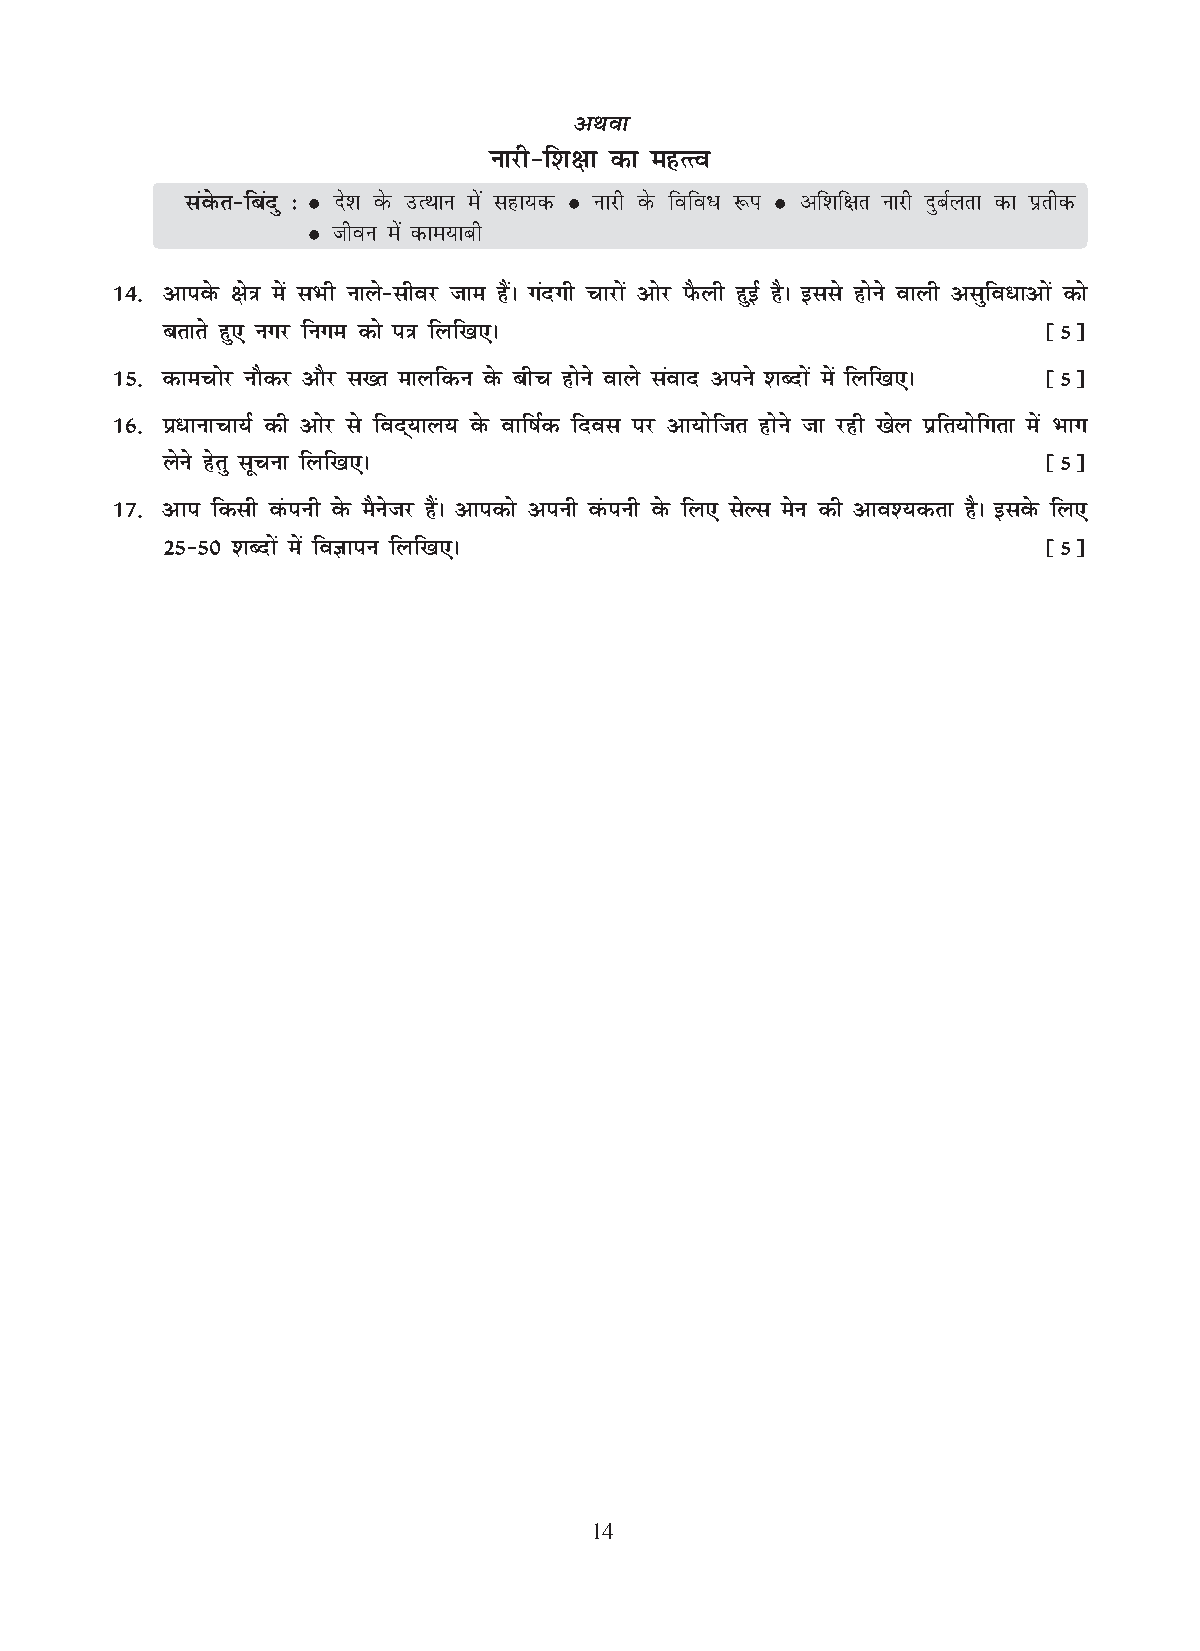
vFkok
 ukjh&f'k{kk dk egRRo
 laosQr&fcanq %  ns'k osQ mRFkku esa lgk;d  ukjh osQ fofo/ :i  vf'kf{kr ukjh nqcZyrk dk izrhd
  thou esa dke;kch
 14- vkiosQ {ks=k esa lHkh ukys&lhoj tke gSaA xanxh pkjksa vksj iSQyh gqbZ gSA blls gksus okyh vlqfo/kvksa dks
 crkrs gq, uxj fuxe dks i=k fyf[k,A                        ¹5º
 15- dkepksj ukSdj vkSj l[r ekyfdu osQ chp gksus okys laokn vius 'kCnksa esa fyf[k,A ¹5º
 16- iz/kukpk;Z dh vksj ls fon~;ky; osQ okf"kZd fnol ij vk;ksftr gksus tk jgh [ksy izfr;ksfxrk esa Hkkx
 ysus gsrq lwpuk fyf[k,A                                   ¹5º
 17- vki fdlh oaQiuh osQ eSustj gSaA vkidks viuh oaQiuh osQ fy, lsYl esu dh vko';drk gSA blosQ fy,
 25&50 'kCnksa esa foKkiu fyf[k,A                          ¹5º
 14